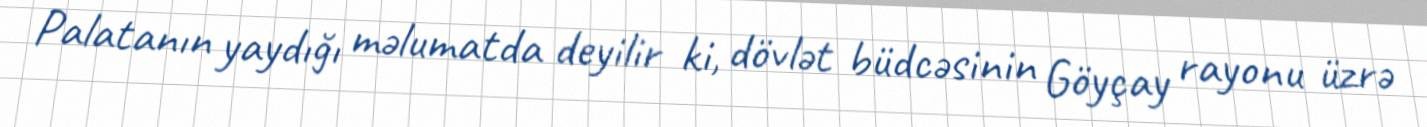
Palatanın yaydığı məlumatda deyilir ki, dövlət büdcəsinin Göyçay rayonu üzrə